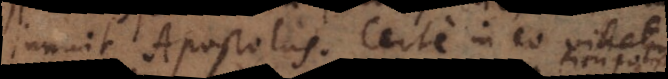
innuit Apostolus. Certe in eo videtur